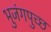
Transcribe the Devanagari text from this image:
भुजंगपुच्छ